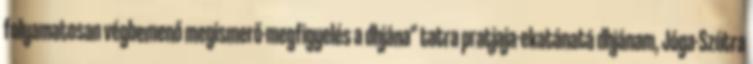
folyamatosan végbemenő megismerő-megfigyelés a dhjána" tatra pratjaja-ekatánatá dhjánam, Jóga-Szútra